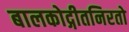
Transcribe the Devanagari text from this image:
बालकोद्गीतनिरतो